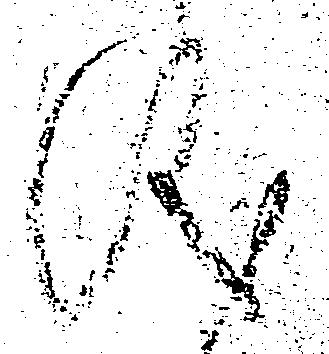
儀